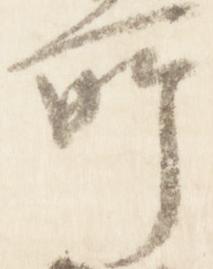
所